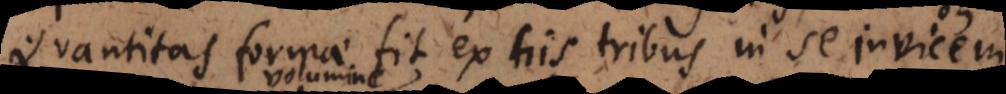
uantitas formae fit ex his tribus in se invicem